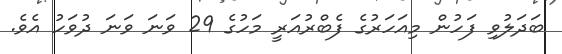
ބަދަލުވި ފަހުން މިއަހަރުގެ ފެބްރުއަރީ މަހުގެ 29 ވަނަ ވަނަ ދުވަހު އެވެ.